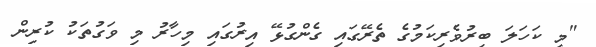
"މި ކަހަލަ ބިރުވެރިކަމުގެ ތެރޭގައި ގެންގުޅޭ އިރުގައި މިހާރު މި ވަގުތަކު ކުރިން